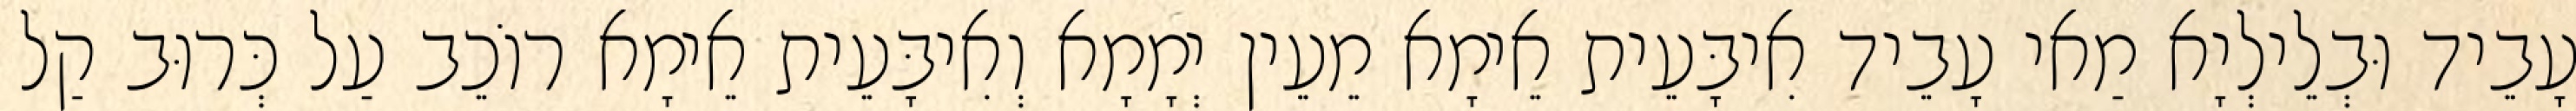
עָבֵיד וּבְלֵילְיָא מַאי עָבֵיד אִיבָּעֵית אֵימָא מֵעֵין יְמָמָא וְאִיבָּעֵית אֵימָא רוֹכֵב עַל כְּרוּב קַל